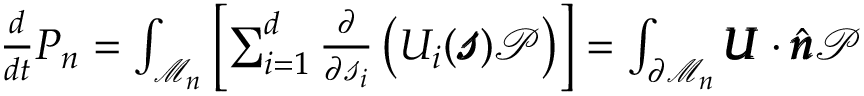
\begin{array} { r } { \frac { d } { d t } P _ { n } = \int _ { \mathcal { M } _ { n } } \left[ \sum _ { i = 1 } ^ { d } \frac { \partial } { \partial \mathscr { s } _ { i } } \left( U _ { i } ( \pmb { \mathscr { s } } ) \mathcal { P } \right) \right] = \int _ { \partial \mathcal { M } _ { n } } \pmb { U } \cdot \hat { \pmb { n } } \mathcal { P } } \end{array}